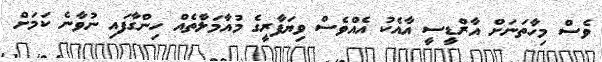
ވެސް މިހާތަނަށް އާރްޑީސީ އާއެކު އެއްވެސް ވިޔަފާރީގެ މުއާމަލާތެއް ހިންގާފައި ނުވާނެ ކަމަށް